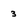
Character: 3